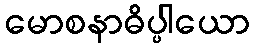
မောစနာဓိပ္ပါယော